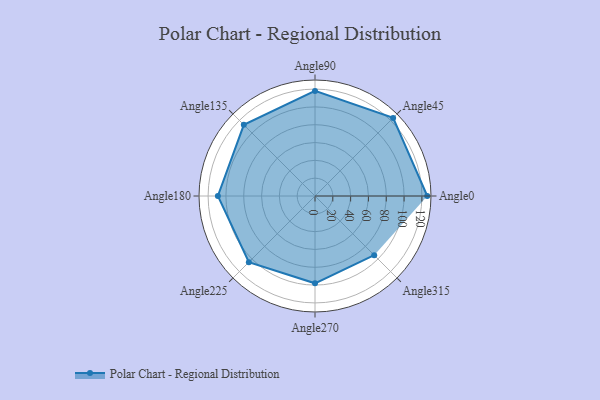
{"axis": {"x": "Angle", "y": "Radius"}, "legend": [""], "data": [{"x": "Angle0", "y": 126.0, "type": ""}, {"x": "Angle45", "y": 124.0, "type": ""}, {"x": "Angle90", "y": 118.0, "type": ""}, {"x": "Angle135", "y": 113.0, "type": ""}, {"x": "Angle180", "y": 109.0, "type": ""}, {"x": "Angle225", "y": 105.0, "type": ""}, {"x": "Angle270", "y": 98.0, "type": ""}, {"x": "Angle315", "y": 94.0, "type": ""}]}